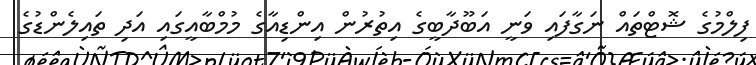
ފިލްމުގެ ޝޮޓްތައް ނަގާފައި ވަނީ އަބޫދާބީގެ އިތުރުން އިންޑިއާގެ މުމްބާއީގައި އަދި ތައިލެންޑުގެ